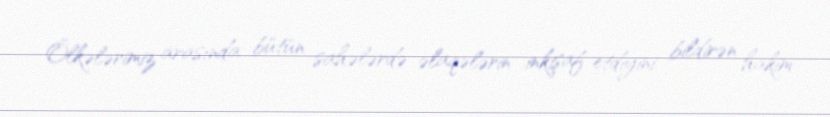
Ölkələrimiz arasında bütün sahələrdə əlaqələrin inkişaf etdiyini bildirən hakim